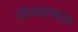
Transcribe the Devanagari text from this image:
लोकसत्तात